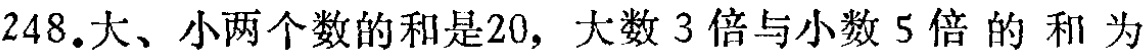
248.大、小两个数的和是20，大数 3 倍与小数 5 倍 的 和 为